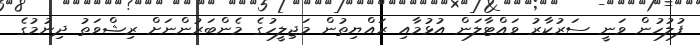
ފުލުހުން ވަނީ ސަރުކާރު ވައްޓާލަން އުޅުމާއި ރައްޔިތުން މަޖިލީހުގެ މެންބަރުންނަށް ރިޝްވަތު ދިނުމުގެ